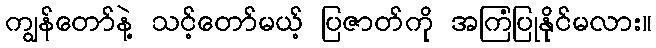
ကျွန်တော်နဲ့ သင့်တော်မယ့် ပြဇာတ်ကို အကြံပြုနိုင်မလား။